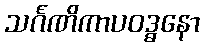
သင်္ဂဏိကာပဝဒ္ဓနော